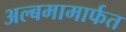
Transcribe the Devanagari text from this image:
अल्बमामार्फत